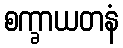
စက္ခာယတနံ